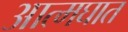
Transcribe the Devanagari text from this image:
आत्‍मघात